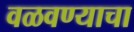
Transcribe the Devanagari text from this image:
वळवण्याचा